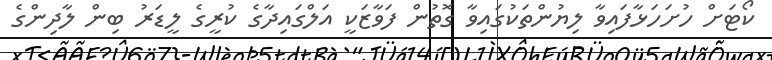
ކޯޓަށް ހުށަހަޅާފައިވާ ލިޔުންތަކުގައިވާ ގޮތުން ފަވާޒަކީ އަލްގައިދާގެ ކުރީގެ ލީޑަރު ބިން ލާދިންގެ